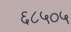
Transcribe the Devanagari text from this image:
६८५०५